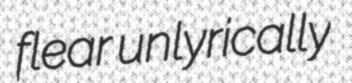
flear unlyrically